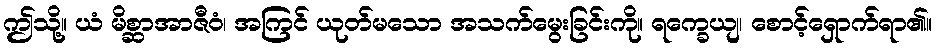
ဤသို့။ ယံ မိစ္ဆာအာဇီဝံ၊ အကြင် ယုတ်မသော အသက်မွေးခြင်းကို။ ရက္ခေယျ၊ စောင့်ရှောက်ရာ၏။